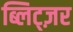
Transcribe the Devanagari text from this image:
ब्लिट्ज़र